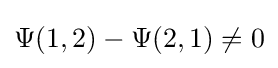
\Psi (1,2)-\Psi (2,1)\neq 0